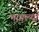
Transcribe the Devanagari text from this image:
भागल्या